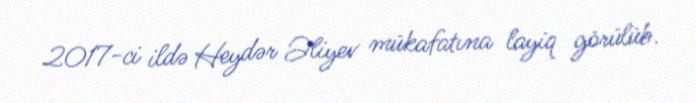
2017-ci ildə Heydər Əliyev mükafatına layiq görülüb.